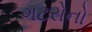
ગટરોનો